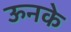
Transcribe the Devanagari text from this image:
ऊनके